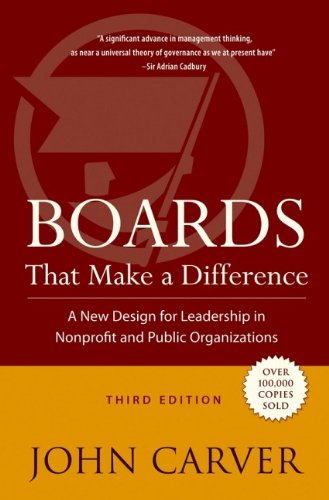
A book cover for Boards That Make a Difference: A New Design for Leadership in Nonprofit and Public Organizations; John Carver; Business & Money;